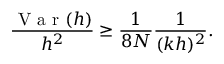
\frac { \mathrm { ~ V ~ a ~ r ~ } ( h ) } { h ^ { 2 } } \geq \frac { 1 } { 8 N } \frac { 1 } { ( k h ) ^ { 2 } } .